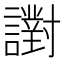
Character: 譵